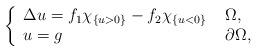
LaTeX: \begin{align*}\left \{\begin{array}{ll}\Delta u= f_{1} \chi_{\{u >0 \}}-f_{2} \chi_{\{u <0\}} & \ \Omega, \\ u=g\ & \ \partial \Omega, \end{array}\right.\end{align*}